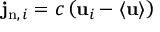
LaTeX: \mathbf { j } _ { \mathrm { { n } } , \, i } = c \left( \mathbf { u } _ { i } - \langle \mathbf { u } \rangle \right)